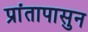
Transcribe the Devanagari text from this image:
प्रांतापासुन